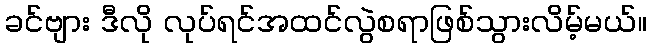
ခင်ဗျား ဒီလို လုပ်ရင်အထင်လွဲစရာဖြစ်သွားလိမ့်မယ်။